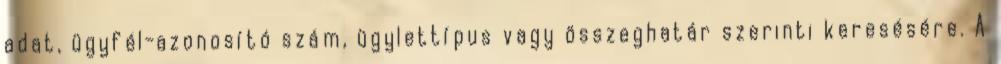
adat, ügyfél-azonosító szám, ügylettípus vagy összeghatár szerinti keresésére. A